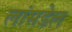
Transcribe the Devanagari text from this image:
लांसडेल